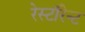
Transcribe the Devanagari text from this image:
रेस्टॉरेन्ट